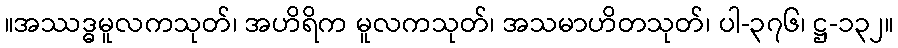
။အဿဒ္ဓမူလကသုတ်၊ အဟိရိက မူလကသုတ်၊ အသမာဟိတသုတ်၊ ပါ-၃၇၆၊ ဋ္ဌ-၁၃၂။